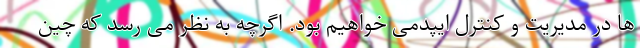
ها در مدیریت و کنترل ایپدمی خواهیم بود. اگرچه به نظر می رسد که چین